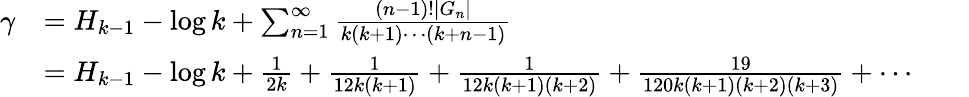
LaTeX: {\begin{array}{rlrl}{\gamma}&{=H_{k-1}-\log k+\sum_{n=1}^{\infty}{\frac{(n-1)!|G_{n}|}{k(k+1)\cdots(k+n-1)}}}&&{}\\ &{=H_{k-1}-\log k+{\frac{1}{2k}}+{\frac{1}{12k(k+1)}}+{\frac{1}{12k(k+1)(k+2)}}+{\frac{19}{120k(k+1)(k+2)(k+3)}}+\cdots}&&{}\end{array}}